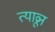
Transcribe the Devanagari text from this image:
त्याव्रून